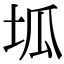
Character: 坬